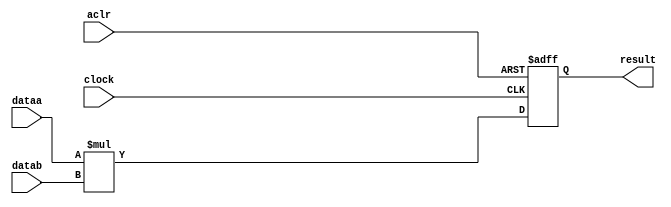
//lpm_mult CBX_DECLARE_ALL_CONNECTED_PORTS="OFF" DEDICATED_MULTIPLIER_CIRCUITRY="YES" DEVICE_FAMILY="Cyclone 10 GX" LPM_PIPELINE=1 LPM_REPRESENTATION="UNSIGNED" LPM_WIDTHA=6 LPM_WIDTHB=9 LPM_WIDTHP=15 LPM_WIDTHS=1 MAXIMIZE_SPEED=5 aclr clock dataa datab result CARRY_CHAIN="MANUAL"
//VERSION_BEGIN 18.1 cbx_lpm_add_sub 2019:02:12:10:05:55:SJ cbx_lpm_mult 2019:02:12:10:05:55:SJ cbx_mgl 2019:02:12:10:09:44:SJ cbx_nadder 2019:02:12:10:05:55:SJ cbx_padd 2019:02:12:10:05:55:SJ cbx_stratix 2019:02:12:10:05:55:SJ cbx_stratixii 2019:02:12:10:05:55:SJ cbx_util_mgl 2019:02:12:10:05:55:SJ  VERSION_END
// synthesis VERILOG_INPUT_VERSION VERILOG_2001
// altera message_off 10463



// Copyright (C) 2019  Intel Corporation. All rights reserved.
//  Your use of Intel Corporation's design tools, logic functions 
//  and other software and tools, and any partner logic 
//  functions, and any output files from any of the foregoing 
//  (including device programming or simulation files), and any 
//  associated documentation or information are expressly subject 
//  to the terms and conditions of the Intel Program License 
//  Subscription Agreement, the Intel Quartus Prime License Agreement,
//  the Intel FPGA IP License Agreement, or other applicable license
//  agreement, including, without limitation, that your use is for
//  the sole purpose of programming logic devices manufactured by
//  Intel and sold by Intel or its authorized distributors.  Please
//  refer to the applicable agreement for further details, at
//  https://fpgasoftware.intel.com/eula.



//synthesis_resources = 
//synopsys translate_off
`timescale 1 ps / 1 ps
//synopsys translate_on
module  mult_g0q
	( 
	aclr,
	clock,
	dataa,
	datab,
	result) /* synthesis synthesis_clearbox=1 */;
	input   aclr;
	input   clock;
	input   [5:0]  dataa;
	input   [8:0]  datab;
	output   [14:0]  result;
`ifndef ALTERA_RESERVED_QIS
// synopsys translate_off
`endif
	tri0   aclr;
	tri0   clock;
`ifndef ALTERA_RESERVED_QIS
// synopsys translate_on
`endif

	reg  [14:0]  result_output_reg;
	wire [5:0]    dataa_wire;
	wire [8:0]    datab_wire;
	wire [14:0]    result_wire;


	// synopsys translate_off
	initial
		result_output_reg = 0;
	// synopsys translate_on
	always @(posedge clock or posedge aclr)
		if (aclr == 1'b1)
			result_output_reg <= 15'b0;
		else
			result_output_reg <= result_wire[14:0];

	assign dataa_wire = dataa;
	assign datab_wire = datab;
	assign result_wire = dataa_wire * datab_wire;
	assign result = ({result_output_reg});

endmodule //mult_g0q
//VALID FILE